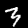
Label: 3